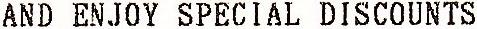
AND ENJOY SPECIAL DISCOUNTS